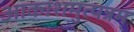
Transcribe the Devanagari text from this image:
आकाशमुत्पन्नम्‌